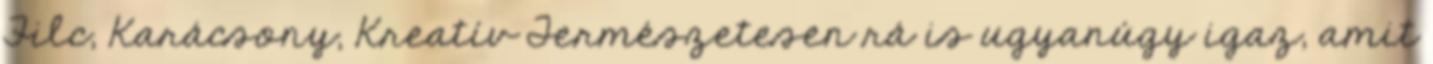
Filc, Karácsony, Kreatív Természetesen rá is ugyanúgy igaz, amit